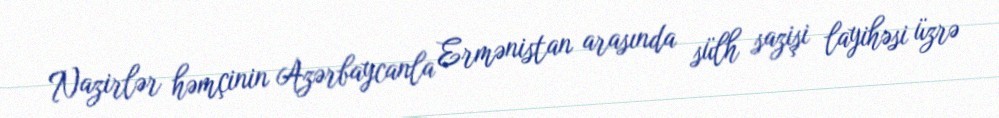
Nazirlər həmçinin Azərbaycanla Ermənistan arasında sülh sazişi layihəsi üzrə